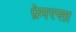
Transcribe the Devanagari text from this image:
प्रेमरसा